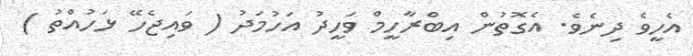
އެހީވެ ދިނެވެ. އެގޮތުން އިބްރާހީމް ވަހީދު އަހުމަދު ( ވައިޖެހޭ ޅަހުއްތު )